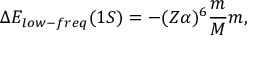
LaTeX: \Delta E _ { l o w - f r e q } ( 1 S ) = - { ( Z \alpha ) ^ { 6 } } \frac { m } { M } m ,